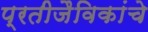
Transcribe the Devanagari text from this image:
प्रतीजैविकांचे